Lunatic asylums in Bengal annual reports 1888-1898 - 1888-1898
Year: 1888
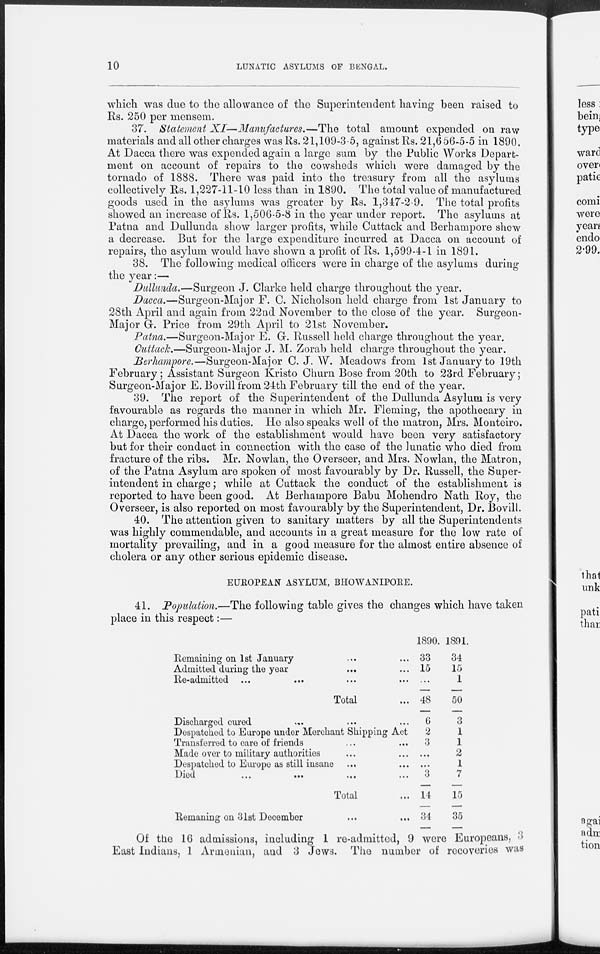
10
LUNATIC ASYLUMS OF BENGAL.
which was due to the allowance of the Superintendent having been raised to
Rs. 250 per mensem.
37. Statement XI—Manufactures.—The
total amount expended on raw
materials and all other charges was Rs. 21,109-3-5, against Rs. 21,656-5-5 in 1890.
At Dacca there was expended again a large sum by the Public Works Depart-
ment on account of repairs to the cowsheds which were damaged by the
tornado of 1888. There was paid into the treasury from all the asylums
collectively Rs. 1,227-11-10 less than in 1890. The total value of manufactured
goods used in the asylums was greater by Rs. 1,347-2-9. The total profits
showed an increase of Rs. 1,506-5-8 in the year under report. The asylums at
Patna and Dullunda show larger profits, while Cuttack and Berhampore show
a decrease. But for the large expenditure incurred at Dacca on account of
repairs, the asylum would have shown a profit of Rs. 1,599-4-1 in 1891.
38. The following medical officers were in charge of the asylums during
the year:—
Dullunda,—Surgeon J. Clarke held charge throughout the year.
Dacca.—Surgeon-Major F. C. Nicholson held charge from 1st January to
28th April and again from 22nd November to the close of the year. Surgeon-
Major G. Price from 29th April to 21st November.
Patna.—Surgeon-Major E. G. Russell held charge throughout the year.
Cuttack.—Surgeon-Major J. M. Zorab held charge throughout the year.
Berhampore.—Surgeon-Major C. J. W. Meadows from 1st January to 19th
February; Assistant Surgeon Kristo Churn Bose from 20th to 23rd February;
Surgeon-Major E. Bovill from 24th February till the end of the year.
39. The report of the Superintendent of the Dullunda Asylum is very
favourable as regards the manner in which Mr. Fleming, the apothecary in
charge, performed his duties. He also speaks well of the matron, Mrs. Monteiro.
At Dacca the work of the establishment would have been very satisfactory
but for their conduct in connection with the case of the lunatic who died from
fracture of the ribs. Mr. Nowlan, the Overseer, and Mrs. Nowlan, the Matron,
of the Patna Asylum are spoken of most favourably by Dr. Russell, the Super-
intendent in charge; while at Cuttack the conduct of the establishment is
reported to have been good. At Berhampore Babu Mohendro Nath Roy, the
Overseer, is also reported on most favourably by the Superintendent, Dr. Bovill.
40. The attention given to sanitary matters by all the Superintendents
was highly commendable, and accounts in a great measure for the low rate of
mortality prevailing, and in a good measure for the almost entire absence of
cholera or any other serious epidemic disease.
EUROPEAN ASYLUM, BHOWANIPORE.
41. Population.—The following table gives the changes which have taken
place in this respect:—
Remaining on 1st January ... ...
Admitted during the year ... ...
Re-admitted ... ... ...
Total ...
Discharged cured ... ... ...
Despatched to Europe under Merchant Shipping Act
Transferred to care of friends ... ...
Made over to military authorities ... ...
Despatched to Europe as still insane ... ...
Died ... ... ... ...
Total ...
Remaning on 31st December ... ...
1890.
33
15
...
48
6
2
3
...
...
3
14
34
1891.
34
15
1
50
3
1
1
2
1
7
15
35
Of the 16 admissions, including 1 re-admitted, 9 were Europeans, 3
East Indians, 1 Armenian, and 3 Jews. The number of recoveries was